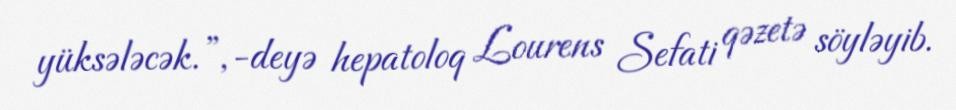
yüksələcək.”,-deyə hepatoloq Lourens Sefati qəzetə söyləyib.